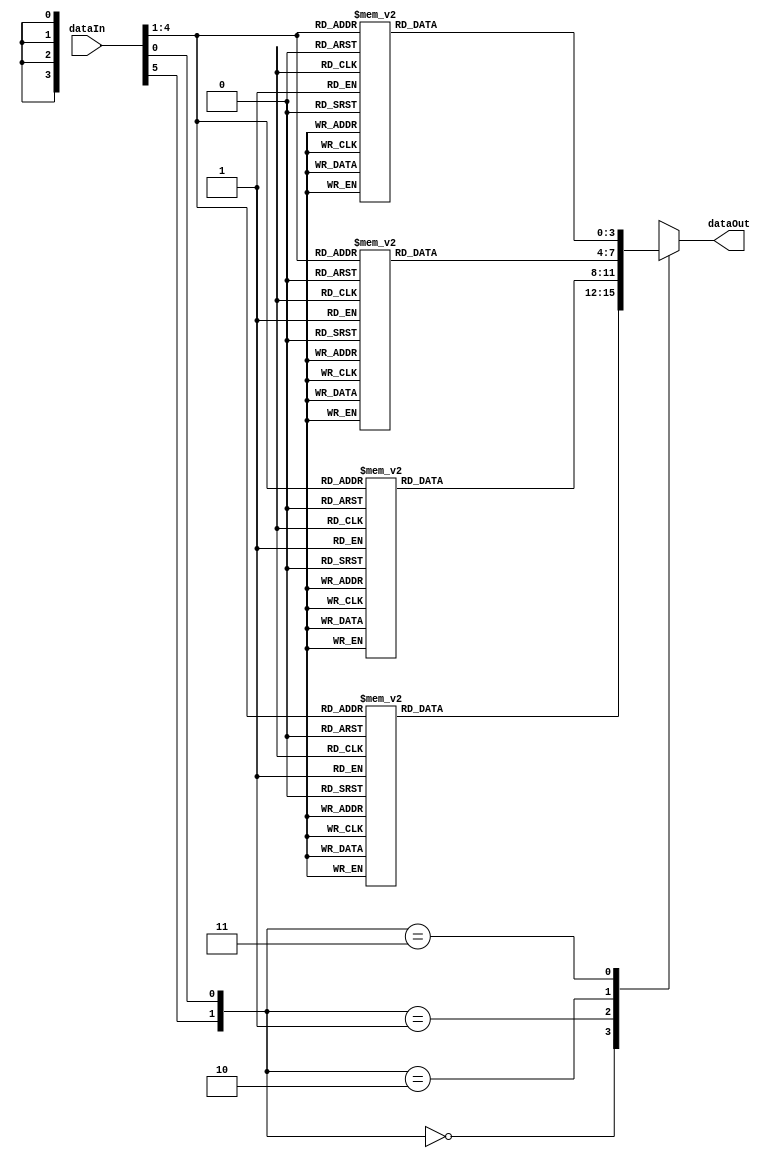
module S1(input [0:5] dataIn,output reg [0:3] dataOut);
    always @(*) begin
        case({dataIn[0], dataIn[5]})
            2'b00:
                case({dataIn[1],dataIn[2],dataIn[3],dataIn[4]}) 
                    4'b0000: dataOut = 14;
                    4'b0001: dataOut = 4;
                    4'b0010: dataOut = 13;
                    4'b0011: dataOut = 1;
                    4'b0100: dataOut = 2;
                    4'b0101: dataOut = 15;
                    4'b0110: dataOut = 11;
                    4'b0111: dataOut = 8;
                    4'b1000: dataOut = 3;
                    4'b1001: dataOut = 10;
                    4'b1010: dataOut = 6;
                    4'b1011: dataOut = 12;
                    4'b1100: dataOut = 5;
                    4'b1101: dataOut = 9;
                    4'b1110: dataOut = 0;
                    4'b1111: dataOut = 7;
                endcase
            2'b01:
                case({dataIn[1],dataIn[2],dataIn[3],dataIn[4]}) 
                    4'b0000: dataOut = 0;
                    4'b0001: dataOut = 15;
                    4'b0010: dataOut = 7;
                    4'b0011: dataOut = 4;
                    4'b0100: dataOut = 14;
                    4'b0101: dataOut = 2;
                    4'b0110: dataOut = 13;
                    4'b0111: dataOut = 1;
                    4'b1000: dataOut = 10;
                    4'b1001: dataOut = 6;
                    4'b1010: dataOut = 12;
                    4'b1011: dataOut = 11;
                    4'b1100: dataOut = 9;
                    4'b1101: dataOut = 5;
                    4'b1110: dataOut = 3;
                    4'b1111: dataOut = 8;
                endcase
            2'b10:
                case({dataIn[1],dataIn[2],dataIn[3],dataIn[4]}) 
                    4'b0000: dataOut = 4;
                    4'b0001: dataOut = 1;
                    4'b0010: dataOut = 14;
                    4'b0011: dataOut = 8;
                    4'b0100: dataOut = 13;
                    4'b0101: dataOut = 6;
                    4'b0110: dataOut = 2;
                    4'b0111: dataOut = 11;
                    4'b1000: dataOut = 15;
                    4'b1001: dataOut = 12;
                    4'b1010: dataOut = 9;
                    4'b1011: dataOut = 7;
                    4'b1100: dataOut = 3;
                    4'b1101: dataOut = 10;
                    4'b1110: dataOut = 5;
                    4'b1111: dataOut = 0;
                endcase
            2'b11:
                case({dataIn[1],dataIn[2],dataIn[3],dataIn[4]}) 
                    4'b0000: dataOut = 15;
                    4'b0001: dataOut = 12;
                    4'b0010: dataOut = 8;
                    4'b0011: dataOut = 2;
                    4'b0100: dataOut = 4;
                    4'b0101: dataOut = 9;
                    4'b0110: dataOut = 1;
                    4'b0111: dataOut = 7;
                    4'b1000: dataOut = 5;
                    4'b1001: dataOut = 11;
                    4'b1010: dataOut = 3;
                    4'b1011: dataOut = 14;
                    4'b1100: dataOut = 10;
                    4'b1101: dataOut = 0;
                    4'b1110: dataOut = 6;
                    4'b1111: dataOut = 13;
                endcase
        endcase
    end
endmodule
module S2(input [0:5] dataIn,output reg [0:3] dataOut);
    always @(*) begin
        case({dataIn[0], dataIn[5]})
            2'b00:
                case({dataIn[1],dataIn[2],dataIn[3],dataIn[4]}) 
                    4'b0000: dataOut = 15;
                    4'b0001: dataOut = 1;
                    4'b0010: dataOut = 8;
                    4'b0011: dataOut = 14;
                    4'b0100: dataOut = 6;
                    4'b0101: dataOut = 11;
                    4'b0110: dataOut = 3;
                    4'b0111: dataOut = 4;
                    4'b1000: dataOut = 9;
                    4'b1001: dataOut = 7;
                    4'b1010: dataOut = 2;
                    4'b1011: dataOut = 13;
                    4'b1100: dataOut = 12;
                    4'b1101: dataOut = 0;
                    4'b1110: dataOut = 5;
                    4'b1111: dataOut = 10;
                endcase
            2'b01:
                case({dataIn[1],dataIn[2],dataIn[3],dataIn[4]}) 
                    4'b0000: dataOut = 3;
                    4'b0001: dataOut = 13;
                    4'b0010: dataOut = 4;
                    4'b0011: dataOut = 7;
                    4'b0100: dataOut = 15;
                    4'b0101: dataOut = 2;
                    4'b0110: dataOut = 8;
                    4'b0111: dataOut = 14;
                    4'b1000: dataOut = 12;
                    4'b1001: dataOut = 0;
                    4'b1010: dataOut = 1;
                    4'b1011: dataOut = 10;
                    4'b1100: dataOut = 6;
                    4'b1101: dataOut = 9;
                    4'b1110: dataOut = 11;
                    4'b1111: dataOut = 5;
                endcase
            2'b10:
                case({dataIn[1],dataIn[2],dataIn[3],dataIn[4]}) 
                    4'b0000: dataOut = 0;
                    4'b0001: dataOut = 14;
                    4'b0010: dataOut = 7;
                    4'b0011: dataOut = 11;
                    4'b0100: dataOut = 10;
                    4'b0101: dataOut = 4;
                    4'b0110: dataOut = 13;
                    4'b0111: dataOut = 1;
                    4'b1000: dataOut = 5;
                    4'b1001: dataOut = 8;
                    4'b1010: dataOut = 12;
                    4'b1011: dataOut = 6;
                    4'b1100: dataOut = 9;
                    4'b1101: dataOut = 3;
                    4'b1110: dataOut = 2;
                    4'b1111: dataOut = 15;
                endcase
            2'b11:
                case({dataIn[1],dataIn[2],dataIn[3],dataIn[4]}) 
                    4'b0000: dataOut = 13;
                    4'b0001: dataOut = 8;
                    4'b0010: dataOut = 10;
                    4'b0011: dataOut = 1;
                    4'b0100: dataOut = 3;
                    4'b0101: dataOut = 15;
                    4'b0110: dataOut = 4;
                    4'b0111: dataOut = 2;
                    4'b1000: dataOut = 11;
                    4'b1001: dataOut = 6;
                    4'b1010: dataOut = 7;
                    4'b1011: dataOut = 12;
                    4'b1100: dataOut = 0;
                    4'b1101: dataOut = 5;
                    4'b1110: dataOut = 14;
                    4'b1111: dataOut = 9;
                endcase
        endcase
    end
endmodule
module S3(input [0:5] dataIn,output reg [0:3] dataOut);
    always @(*) begin
        case({dataIn[0], dataIn[5]})
            2'b00:
                case({dataIn[1],dataIn[2],dataIn[3],dataIn[4]}) 
                    4'b0000: dataOut = 10;
                    4'b0001: dataOut = 0;
                    4'b0010: dataOut = 9;
                    4'b0011: dataOut = 14;
                    4'b0100: dataOut = 6;
                    4'b0101: dataOut = 3;
                    4'b0110: dataOut = 15;
                    4'b0111: dataOut = 5;
                    4'b1000: dataOut = 1;
                    4'b1001: dataOut = 13;
                    4'b1010: dataOut = 12;
                    4'b1011: dataOut = 7;
                    4'b1100: dataOut = 11;
                    4'b1101: dataOut = 4;
                    4'b1110: dataOut = 2;
                    4'b1111: dataOut = 8;
                endcase
            2'b01:
                case({dataIn[1],dataIn[2],dataIn[3],dataIn[4]}) 
                    4'b0000: dataOut = 13;
                    4'b0001: dataOut = 7;
                    4'b0010: dataOut = 0;
                    4'b0011: dataOut = 9;
                    4'b0100: dataOut = 3;
                    4'b0101: dataOut = 4;
                    4'b0110: dataOut = 6;
                    4'b0111: dataOut = 10;
                    4'b1000: dataOut = 2;
                    4'b1001: dataOut = 8;
                    4'b1010: dataOut = 5;
                    4'b1011: dataOut = 14;
                    4'b1100: dataOut = 12;
                    4'b1101: dataOut = 11;
                    4'b1110: dataOut = 15;
                    4'b1111: dataOut = 1;
                endcase
            2'b10:
                case({dataIn[1],dataIn[2],dataIn[3],dataIn[4]}) 
                    4'b0000: dataOut = 13;
                    4'b0001: dataOut = 6;
                    4'b0010: dataOut = 4;
                    4'b0011: dataOut = 9;
                    4'b0100: dataOut = 8;
                    4'b0101: dataOut = 15;
                    4'b0110: dataOut = 3;
                    4'b0111: dataOut = 0;
                    4'b1000: dataOut = 11;
                    4'b1001: dataOut = 1;
                    4'b1010: dataOut = 2;
                    4'b1011: dataOut = 12;
                    4'b1100: dataOut = 5;
                    4'b1101: dataOut = 10;
                    4'b1110: dataOut = 14;
                    4'b1111: dataOut = 7;
                endcase
            2'b11:
                case({dataIn[1],dataIn[2],dataIn[3],dataIn[4]}) 
                    4'b0000: dataOut = 1;
                    4'b0001: dataOut = 10;
                    4'b0010: dataOut = 13;
                    4'b0011: dataOut = 0;
                    4'b0100: dataOut = 6;
                    4'b0101: dataOut = 9;
                    4'b0110: dataOut = 8;
                    4'b0111: dataOut = 7;
                    4'b1000: dataOut = 4;
                    4'b1001: dataOut = 15;
                    4'b1010: dataOut = 14;
                    4'b1011: dataOut = 3;
                    4'b1100: dataOut = 11;
                    4'b1101: dataOut = 5;
                    4'b1110: dataOut = 2;
                    4'b1111: dataOut = 12;
                endcase
        endcase
    end
endmodule
module S4(input [0:5] dataIn,output reg [0:3] dataOut);
    always @(*) begin
        case({dataIn[0], dataIn[5]})
            2'b00:
                case({dataIn[1],dataIn[2],dataIn[3],dataIn[4]}) 
                    4'b0000: dataOut = 7;
                    4'b0001: dataOut = 13;
                    4'b0010: dataOut = 14;
                    4'b0011: dataOut = 3;
                    4'b0100: dataOut = 0;
                    4'b0101: dataOut = 6;
                    4'b0110: dataOut = 9;
                    4'b0111: dataOut = 10;
                    4'b1000: dataOut = 1;
                    4'b1001: dataOut = 2;
                    4'b1010: dataOut = 8;
                    4'b1011: dataOut = 5;
                    4'b1100: dataOut = 11;
                    4'b1101: dataOut = 12;
                    4'b1110: dataOut = 4;
                    4'b1111: dataOut = 15;
                endcase
            2'b01:
                case({dataIn[1],dataIn[2],dataIn[3],dataIn[4]}) 
                    4'b0000: dataOut = 13;
                    4'b0001: dataOut = 8;
                    4'b0010: dataOut = 11;
                    4'b0011: dataOut = 5;
                    4'b0100: dataOut = 6;
                    4'b0101: dataOut = 15;
                    4'b0110: dataOut = 0;
                    4'b0111: dataOut = 3;
                    4'b1000: dataOut = 4;
                    4'b1001: dataOut = 7;
                    4'b1010: dataOut = 2;
                    4'b1011: dataOut = 12;
                    4'b1100: dataOut = 1;
                    4'b1101: dataOut = 10;
                    4'b1110: dataOut = 14;
                    4'b1111: dataOut = 9;
                endcase
            2'b10:
                case({dataIn[1],dataIn[2],dataIn[3],dataIn[4]}) 
                    4'b0000: dataOut = 10;
                    4'b0001: dataOut = 6;
                    4'b0010: dataOut = 9;
                    4'b0011: dataOut = 0;
                    4'b0100: dataOut = 12;
                    4'b0101: dataOut = 11;
                    4'b0110: dataOut = 7;
                    4'b0111: dataOut = 13;
                    4'b1000: dataOut = 15;
                    4'b1001: dataOut = 1;
                    4'b1010: dataOut = 3;
                    4'b1011: dataOut = 14;
                    4'b1100: dataOut = 5;
                    4'b1101: dataOut = 2;
                    4'b1110: dataOut = 8;
                    4'b1111: dataOut = 4;
                endcase
            2'b11:
                case({dataIn[1],dataIn[2],dataIn[3],dataIn[4]}) 
                    4'b0000: dataOut = 3;
                    4'b0001: dataOut = 15;
                    4'b0010: dataOut = 0;
                    4'b0011: dataOut = 6;
                    4'b0100: dataOut = 10;
                    4'b0101: dataOut = 1;
                    4'b0110: dataOut = 13;
                    4'b0111: dataOut = 8;
                    4'b1000: dataOut = 9;
                    4'b1001: dataOut = 4;
                    4'b1010: dataOut = 5;
                    4'b1011: dataOut = 11;
                    4'b1100: dataOut = 12;
                    4'b1101: dataOut = 7;
                    4'b1110: dataOut = 2;
                    4'b1111: dataOut = 14;
                endcase
        endcase
    end
endmodule
module S5(input [0:5] dataIn,output reg [0:3] dataOut);
    always @(*) begin
        case({dataIn[0], dataIn[5]})
            2'b00:
                case({dataIn[1],dataIn[2],dataIn[3],dataIn[4]}) 
                    4'b0000: dataOut = 2;
                    4'b0001: dataOut = 12;
                    4'b0010: dataOut = 4;
                    4'b0011: dataOut = 1;
                    4'b0100: dataOut = 7;
                    4'b0101: dataOut = 10;
                    4'b0110: dataOut = 11;
                    4'b0111: dataOut = 6;
                    4'b1000: dataOut = 8;
                    4'b1001: dataOut = 5;
                    4'b1010: dataOut = 3;
                    4'b1011: dataOut = 15;
                    4'b1100: dataOut = 13;
                    4'b1101: dataOut = 0;
                    4'b1110: dataOut = 14;
                    4'b1111: dataOut = 9;
                endcase
            2'b01:
                case({dataIn[1],dataIn[2],dataIn[3],dataIn[4]}) 
                    4'b0000: dataOut = 14;
                    4'b0001: dataOut = 11;
                    4'b0010: dataOut = 2;
                    4'b0011: dataOut = 12;
                    4'b0100: dataOut = 4;
                    4'b0101: dataOut = 7;
                    4'b0110: dataOut = 13;
                    4'b0111: dataOut = 1;
                    4'b1000: dataOut = 5;
                    4'b1001: dataOut = 0;
                    4'b1010: dataOut = 15;
                    4'b1011: dataOut = 10;
                    4'b1100: dataOut = 3;
                    4'b1101: dataOut = 9;
                    4'b1110: dataOut = 8;
                    4'b1111: dataOut = 6;
                endcase
            2'b10:
                case({dataIn[1],dataIn[2],dataIn[3],dataIn[4]}) 
                    4'b0000: dataOut = 4;
                    4'b0001: dataOut = 2;
                    4'b0010: dataOut = 1;
                    4'b0011: dataOut = 11;
                    4'b0100: dataOut = 10;
                    4'b0101: dataOut = 13;
                    4'b0110: dataOut = 7;
                    4'b0111: dataOut = 8;
                    4'b1000: dataOut = 15;
                    4'b1001: dataOut = 9;
                    4'b1010: dataOut = 12;
                    4'b1011: dataOut = 5;
                    4'b1100: dataOut = 6;
                    4'b1101: dataOut = 3;
                    4'b1110: dataOut = 0;
                    4'b1111: dataOut = 14;
                endcase
            2'b11:
                case({dataIn[1],dataIn[2],dataIn[3],dataIn[4]}) 
                    4'b0000: dataOut = 11;
                    4'b0001: dataOut = 8;
                    4'b0010: dataOut = 12;
                    4'b0011: dataOut = 7;
                    4'b0100: dataOut = 1;
                    4'b0101: dataOut = 14;
                    4'b0110: dataOut = 2;
                    4'b0111: dataOut = 13;
                    4'b1000: dataOut = 6;
                    4'b1001: dataOut = 15;
                    4'b1010: dataOut = 0;
                    4'b1011: dataOut = 9;
                    4'b1100: dataOut = 10;
                    4'b1101: dataOut = 4;
                    4'b1110: dataOut = 5;
                    4'b1111: dataOut = 3;
                endcase
        endcase
    end
endmodule
module S6(input [0:5] dataIn,output reg [0:3] dataOut);
    always @(*) begin
        case({dataIn[0], dataIn[5]})
            2'b00:
                case({dataIn[1],dataIn[2],dataIn[3],dataIn[4]}) 
                    4'b0000: dataOut = 12;
                    4'b0001: dataOut = 1;
                    4'b0010: dataOut = 10;
                    4'b0011: dataOut = 15;
                    4'b0100: dataOut = 9;
                    4'b0101: dataOut = 2;
                    4'b0110: dataOut = 6;
                    4'b0111: dataOut = 8;
                    4'b1000: dataOut = 0;
                    4'b1001: dataOut = 13;
                    4'b1010: dataOut = 3;
                    4'b1011: dataOut = 4;
                    4'b1100: dataOut = 14;
                    4'b1101: dataOut = 7;
                    4'b1110: dataOut = 5;
                    4'b1111: dataOut = 11;
                endcase
            2'b01:
                case({dataIn[1],dataIn[2],dataIn[3],dataIn[4]}) 
                    4'b0000: dataOut = 10;
                    4'b0001: dataOut = 15;
                    4'b0010: dataOut = 4;
                    4'b0011: dataOut = 2;
                    4'b0100: dataOut = 7;
                    4'b0101: dataOut = 12;
                    4'b0110: dataOut = 9;
                    4'b0111: dataOut = 5;
                    4'b1000: dataOut = 6;
                    4'b1001: dataOut = 1;
                    4'b1010: dataOut = 13;
                    4'b1011: dataOut = 14;
                    4'b1100: dataOut = 0;
                    4'b1101: dataOut = 11;
                    4'b1110: dataOut = 3;
                    4'b1111: dataOut = 8;
                endcase
            2'b10:
                case({dataIn[1],dataIn[2],dataIn[3],dataIn[4]}) 
                    4'b0000: dataOut = 9;
                    4'b0001: dataOut = 14;
                    4'b0010: dataOut = 15;
                    4'b0011: dataOut = 5;
                    4'b0100: dataOut = 2;
                    4'b0101: dataOut = 8;
                    4'b0110: dataOut = 12;
                    4'b0111: dataOut = 3;
                    4'b1000: dataOut = 7;
                    4'b1001: dataOut = 0;
                    4'b1010: dataOut = 4;
                    4'b1011: dataOut = 10;
                    4'b1100: dataOut = 1;
                    4'b1101: dataOut = 13;
                    4'b1110: dataOut = 11;
                    4'b1111: dataOut = 6;
                endcase
            2'b11:
                case({dataIn[1],dataIn[2],dataIn[3],dataIn[4]}) 
                    4'b0000: dataOut = 4;
                    4'b0001: dataOut = 3;
                    4'b0010: dataOut = 2;
                    4'b0011: dataOut = 12;
                    4'b0100: dataOut = 9;
                    4'b0101: dataOut = 5;
                    4'b0110: dataOut = 15;
                    4'b0111: dataOut = 10;
                    4'b1000: dataOut = 11;
                    4'b1001: dataOut = 14;
                    4'b1010: dataOut = 1;
                    4'b1011: dataOut = 7;
                    4'b1100: dataOut = 6;
                    4'b1101: dataOut = 0;
                    4'b1110: dataOut = 8;
                    4'b1111: dataOut = 13;
                endcase
        endcase
    end
endmodule
module S7(input [0:5] dataIn,output reg [0:3] dataOut);
    always @(*) begin
        case({dataIn[0], dataIn[5]})
            2'b00:
                case({dataIn[1],dataIn[2],dataIn[3],dataIn[4]}) 
                    4'b0000: dataOut = 4;
                    4'b0001: dataOut = 11;
                    4'b0010: dataOut = 2;
                    4'b0011: dataOut = 14;
                    4'b0100: dataOut = 15;
                    4'b0101: dataOut = 0;
                    4'b0110: dataOut = 8;
                    4'b0111: dataOut = 13;
                    4'b1000: dataOut = 3;
                    4'b1001: dataOut = 12;
                    4'b1010: dataOut = 9;
                    4'b1011: dataOut = 7;
                    4'b1100: dataOut = 5;
                    4'b1101: dataOut = 10;
                    4'b1110: dataOut = 6;
                    4'b1111: dataOut = 1;
                endcase
            2'b01:
                case({dataIn[1],dataIn[2],dataIn[3],dataIn[4]}) 
                    4'b0000: dataOut = 13;
                    4'b0001: dataOut = 0;
                    4'b0010: dataOut = 11;
                    4'b0011: dataOut = 7;
                    4'b0100: dataOut = 4;
                    4'b0101: dataOut = 9;
                    4'b0110: dataOut = 1;
                    4'b0111: dataOut = 10;
                    4'b1000: dataOut = 14;
                    4'b1001: dataOut = 3;
                    4'b1010: dataOut = 5;
                    4'b1011: dataOut = 12;
                    4'b1100: dataOut = 2;
                    4'b1101: dataOut = 15;
                    4'b1110: dataOut = 8;
                    4'b1111: dataOut = 6;
                endcase
            2'b10:
                case({dataIn[1],dataIn[2],dataIn[3],dataIn[4]}) 
                    4'b0000: dataOut = 1;
                    4'b0001: dataOut = 4;
                    4'b0010: dataOut = 11;
                    4'b0011: dataOut = 13;
                    4'b0100: dataOut = 12;
                    4'b0101: dataOut = 3;
                    4'b0110: dataOut = 7;
                    4'b0111: dataOut = 14;
                    4'b1000: dataOut = 10;
                    4'b1001: dataOut = 15;
                    4'b1010: dataOut = 6;
                    4'b1011: dataOut = 8;
                    4'b1100: dataOut = 0;
                    4'b1101: dataOut = 5;
                    4'b1110: dataOut = 9;
                    4'b1111: dataOut = 2;
                endcase
            2'b11:
                case({dataIn[1],dataIn[2],dataIn[3],dataIn[4]}) 
                    4'b0000: dataOut = 6;
                    4'b0001: dataOut = 11;
                    4'b0010: dataOut = 13;
                    4'b0011: dataOut = 8;
                    4'b0100: dataOut = 1;
                    4'b0101: dataOut = 4;
                    4'b0110: dataOut = 10;
                    4'b0111: dataOut = 7;
                    4'b1000: dataOut = 9;
                    4'b1001: dataOut = 5;
                    4'b1010: dataOut = 0;
                    4'b1011: dataOut = 15;
                    4'b1100: dataOut = 14;
                    4'b1101: dataOut = 2;
                    4'b1110: dataOut = 3;
                    4'b1111: dataOut = 12;
                endcase
        endcase
    end
endmodule
module S8(input [0:5] dataIn,output reg [0:3] dataOut);
    always @(*) begin
        case({dataIn[0], dataIn[5]})
            2'b00:
                case({dataIn[1],dataIn[2],dataIn[3],dataIn[4]}) 
                    4'b0000: dataOut = 13;
                    4'b0001: dataOut = 2;
                    4'b0010: dataOut = 8;
                    4'b0011: dataOut = 4;
                    4'b0100: dataOut = 6;
                    4'b0101: dataOut = 15;
                    4'b0110: dataOut = 11;
                    4'b0111: dataOut = 1;
                    4'b1000: dataOut = 10;
                    4'b1001: dataOut = 9;
                    4'b1010: dataOut = 3;
                    4'b1011: dataOut = 14;
                    4'b1100: dataOut = 5;
                    4'b1101: dataOut = 0;
                    4'b1110: dataOut = 12;
                    4'b1111: dataOut = 7;
                endcase
            2'b01:
                case({dataIn[1],dataIn[2],dataIn[3],dataIn[4]}) 
                    4'b0000: dataOut = 1;
                    4'b0001: dataOut = 15;
                    4'b0010: dataOut = 13;
                    4'b0011: dataOut = 8;
                    4'b0100: dataOut = 10;
                    4'b0101: dataOut = 3;
                    4'b0110: dataOut = 7;
                    4'b0111: dataOut = 4;
                    4'b1000: dataOut = 12;
                    4'b1001: dataOut = 5;
                    4'b1010: dataOut = 6;
                    4'b1011: dataOut = 11;
                    4'b1100: dataOut = 0;
                    4'b1101: dataOut = 14;
                    4'b1110: dataOut = 9;
                    4'b1111: dataOut = 2;
                endcase
            2'b10:
                case({dataIn[1],dataIn[2],dataIn[3],dataIn[4]}) 
                    4'b0000: dataOut = 7;
                    4'b0001: dataOut = 11;
                    4'b0010: dataOut = 4;
                    4'b0011: dataOut = 1;
                    4'b0100: dataOut = 9;
                    4'b0101: dataOut = 12;
                    4'b0110: dataOut = 14;
                    4'b0111: dataOut = 2;
                    4'b1000: dataOut = 0;
                    4'b1001: dataOut = 6;
                    4'b1010: dataOut = 10;
                    4'b1011: dataOut = 13;
                    4'b1100: dataOut = 15;
                    4'b1101: dataOut = 3;
                    4'b1110: dataOut = 5;
                    4'b1111: dataOut = 8;
                endcase
            2'b11:
                case({dataIn[1],dataIn[2],dataIn[3],dataIn[4]}) 
                    4'b0000: dataOut = 2;
                    4'b0001: dataOut = 1;
                    4'b0010: dataOut = 14;
                    4'b0011: dataOut = 7;
                    4'b0100: dataOut = 4;
                    4'b0101: dataOut = 10;
                    4'b0110: dataOut = 8;
                    4'b0111: dataOut = 13;
                    4'b1000: dataOut = 15;
                    4'b1001: dataOut = 12;
                    4'b1010: dataOut = 9;
                    4'b1011: dataOut = 0;
                    4'b1100: dataOut = 3;
                    4'b1101: dataOut = 5;
                    4'b1110: dataOut = 6;
                    4'b1111: dataOut = 11;
                endcase
        endcase
    end
endmodule